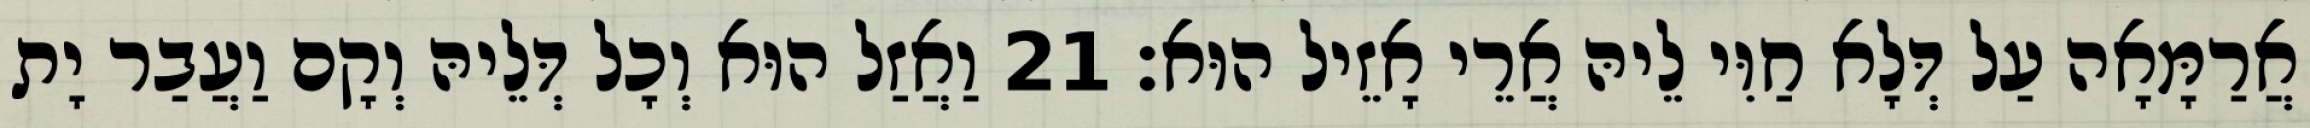
אֲרַמָּאָה עַל דְּלָא חַוִּי לֵיהּ אֲרֵי אָזֵיל הוּא׃ 21 וַאֲזַל הוּא וְכָל דְּלֵיהּ וְקָם וַעֲבַר יָת